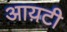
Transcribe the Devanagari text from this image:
आय़टी